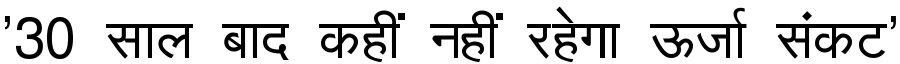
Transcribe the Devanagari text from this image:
'30 साल बाद कहीं नहीं रहेगा ऊर्जा संकट'